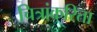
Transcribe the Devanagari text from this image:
चित्रांकरिता